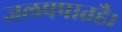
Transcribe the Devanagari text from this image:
जलप्रपातहै।